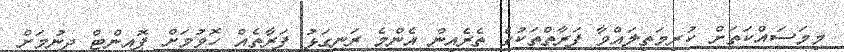
މިމަސައްކަތަށް ކުރިމަތިލައްވާ ފަރާތްތަކުގެ ތެރެއިން އެންމެ ރަނގަޅު ފަރާތެއް ހޮވުމަށް ޕޮއިންޓް ދިނުމަށް